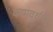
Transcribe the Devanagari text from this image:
कामवर्धनी